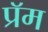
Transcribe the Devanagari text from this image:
प्रॅम